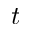
t